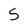
Character: 5